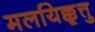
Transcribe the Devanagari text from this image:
मलयिक्कूत्तु